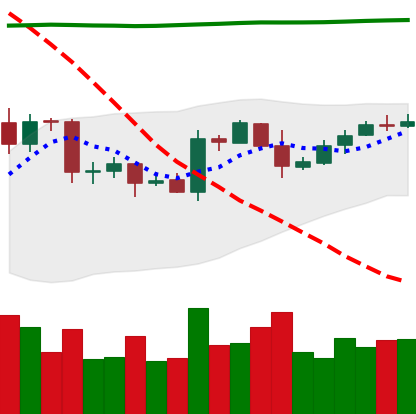
Ticker: EOS-USD
Chart end date: 2020-04-26
Forward return: 5.542%
Label: up_5_7